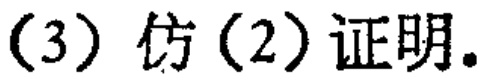
(3) 仿(2)证明.